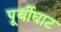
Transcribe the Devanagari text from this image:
पूर्वीघाट